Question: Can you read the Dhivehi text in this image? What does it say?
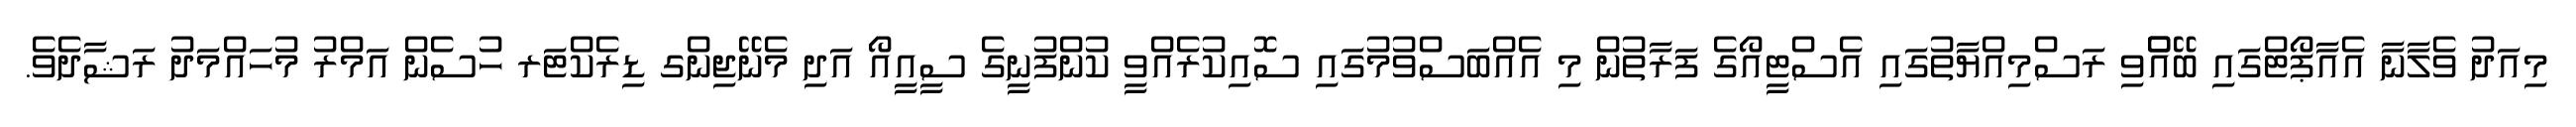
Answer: މިއަދު ވެލާނާ އެއާޕޯޓްގައި ބޭއްްވި ރަސްމިއްޔާތުގައި އެސްޓީއޯގެ ފަރާތުން މި އެއްބަސްވުމުގައި ސޮއިކުރެއްވީ ކުންފުނީގެ ސީއީއޯ އަދި މެނޭޖިންގ ޑިރެކްޓަރ ހުސެން އަމްރު މުހައްމަދު ރަޝާދެވެ.